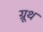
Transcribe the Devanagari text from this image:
ग्रूथ